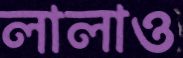
লালাও